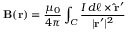
\mathbf { B } ( \mathbf { r } ) = { \frac { \mu _ { 0 } } { 4 \pi } } \int _ { C } { \frac { I \, d { \boldsymbol { \ell } } \times \mathbf { { \hat { r } } ^ { \prime } } } { | \mathbf { r ^ { \prime } } | ^ { 2 } } }